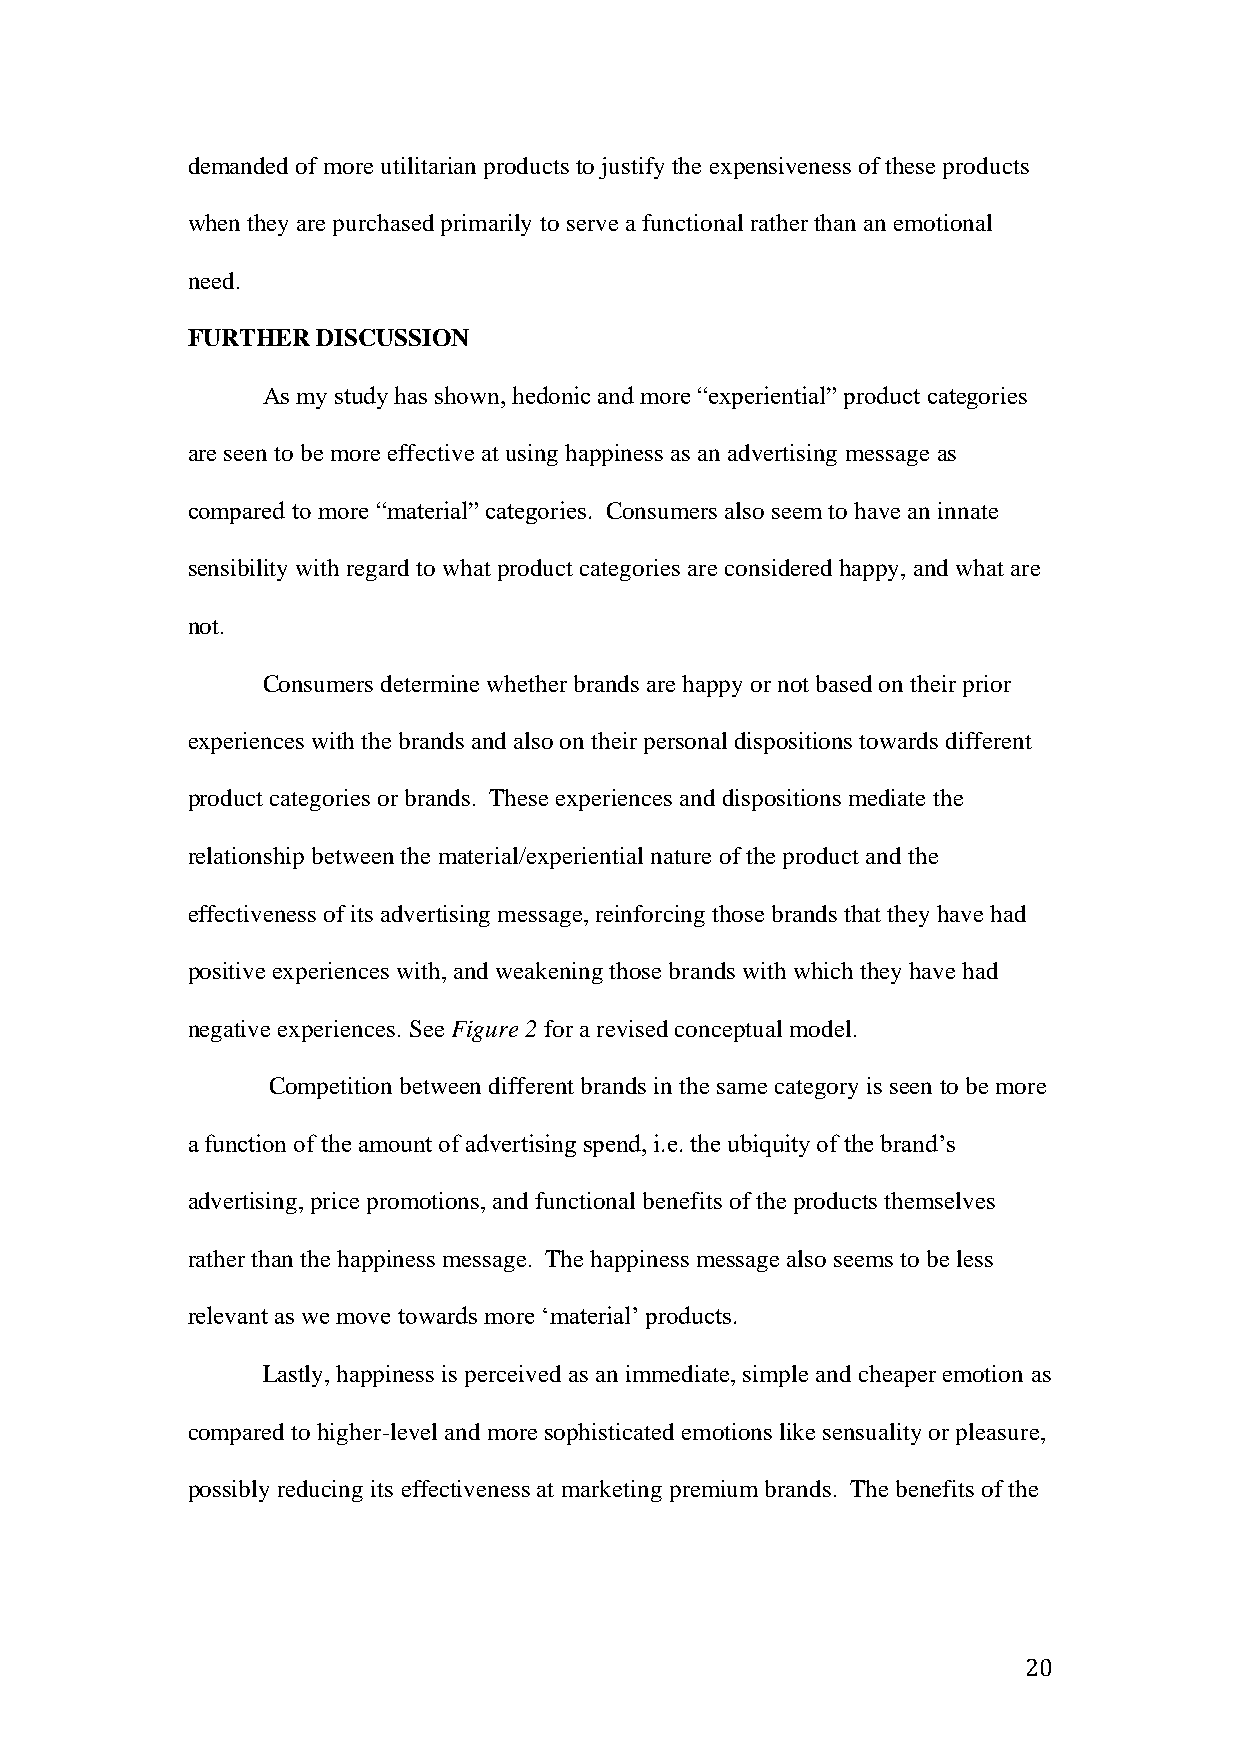
demanded of more utilitarian products to justify the expensiveness of these products
 when they are purchased primarily to serve a functional rather than an emotional
 need.
 FURTHER  DISCUSSION
 As my study has shown, hedonic and more “experiential” product categories
 are seen to be more effective at using happiness as an advertising message as
 compared to more “material” categories. Consumers also seem to have an innate
 sensibility with regard to what product categories are considered happy, and what are
 not.
 Consumers determine whether brands are happy or not based on their prior
 experiences with the brands and also on their personal dispositions towards different
 product categories or brands. These experiences and dispositions mediate the
 relationship between the material/experiential nature of the product and the
 effectiveness of its advertising message, reinforcing those brands that they have had
 positive experiences with, and weakening those brands with which they have had
 negative experiences. See Figure 2 for a revised conceptual model.
 Competition between different brands in the same category is seen to be more
 a function of the amount of advertising spend, i.e. the ubiquity of the brand’s
 advertising, price promotions, and functional benefits of the products themselves
 rather than the happiness message. The happiness message also seems to be less
 relevant as we move towards more ‘material’ products.
 Lastly, happiness is perceived as an immediate, simple and cheaper emotion as
 compared to higher-level and more sophisticated emotions like sensuality or pleasure,
 possibly reducing its effectiveness at marketing premium brands. The benefits of the
 20